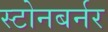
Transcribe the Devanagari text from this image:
स्टोनबर्नर